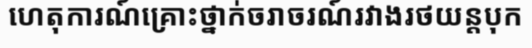
ហេតុការណ៍គ្រោះថ្នាក់ចរាចរណ៍រវាងរថយន្តបុក